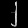
Digit: ၂